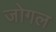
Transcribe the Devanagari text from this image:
जोगल